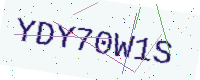
Text: YDY70W1S